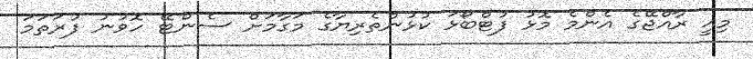
މިއީ ރާއްޖޭގެ އެންމެ މޮޅު ފުޓްބޯޅަ ކުޅުންތެރިޔާގެ މަގާމަށް ސެންޓޭ ހޮވުނު ފުރަތަމަ